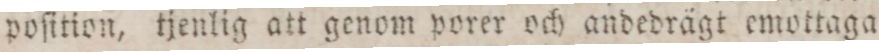
poſition, tjenlig att genom porer och andedrägt emottaga